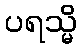
ပရသ္မိ